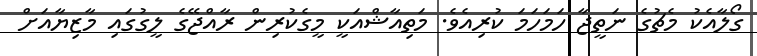
ގޯލާއެކު މެޗުގެ ނަތީޖާ ހަމަހަމަ ކުރިއެވެ. މަތިއާޝްއަކީ މީގެކުރިން ރާއްޖޭގެ ލީގުގައި މާޒިޔާއަށް